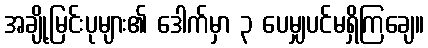
အချို့မြင်းပုများ၏ ဒေါက်မှာ ၃ ပေမျှပင်မရှိကြချေ။